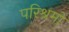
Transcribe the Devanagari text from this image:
परिश्रमो